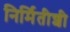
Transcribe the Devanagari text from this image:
निर्मितीशी